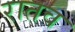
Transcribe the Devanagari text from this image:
रातव